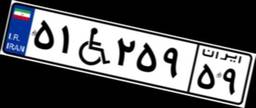
۵۱W۲۵۹۵۹